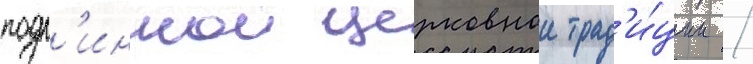
подл'иннои церковнои трад'и́ции /